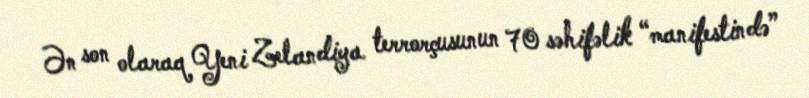
Ən son olaraq Yeni Zelandiya terrorçusunun 70 səhifəlik “manifestində”